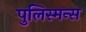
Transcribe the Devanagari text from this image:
पुलिस्मन्स